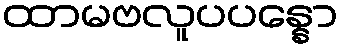
ထာမဗလူပပန္နော